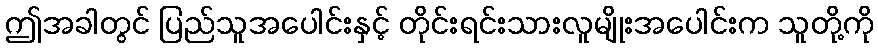
ဤအခါတွင် ပြည်သူအပေါင်းနှင့် တိုင်းရင်းသားလူမျိုးအပေါင်းက သူတို့ကို